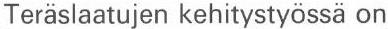
Teräslaatujen kehitystyössä on